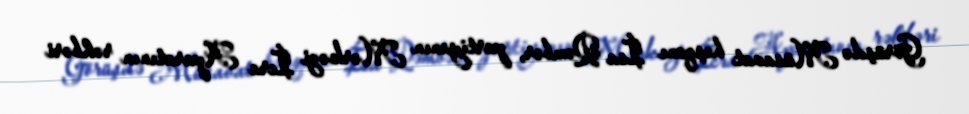
Görüşdə Müsavat başqanı İsa Qəmbər, partiyanın Mərkəzi İcra Aparatının rəhbəri